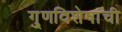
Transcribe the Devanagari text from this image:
गु्णविशेषांची